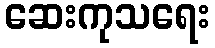
ဆေးကုသရေး